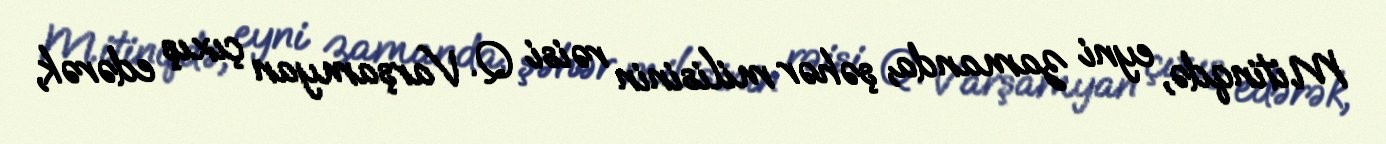
Mitinqdə, eyni zamanda, şəhər milisinin rəisi Q. Varşamyan çıxış edərək,